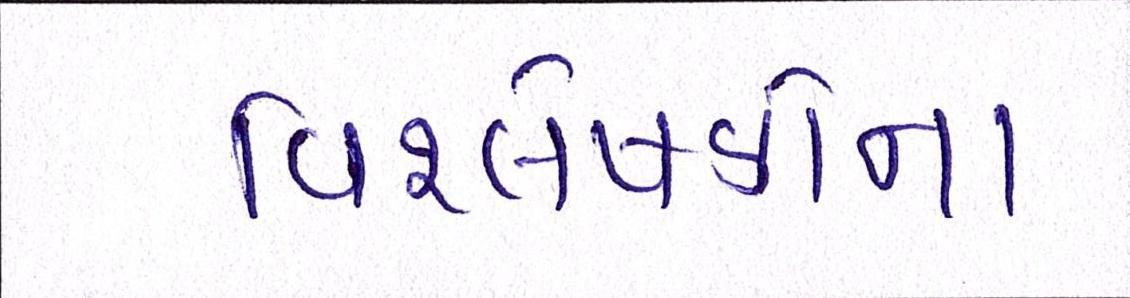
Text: વિશ્લેષકોના